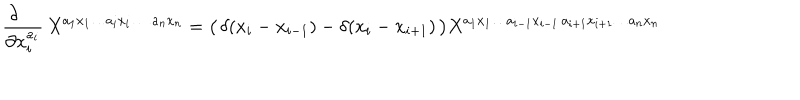
\frac { \partial \phantom { i i i } } { \partial x _ { i } ^ { a _ { i } } } \, X ^ { a _ { 1 } x _ { 1 } \ldots a _ { i } x _ { i } \, \ldots \, a _ { n } x _ { n } } = \bigl ( \, \delta ( x _ { i } - x _ { i - 1 } ) - \delta ( x _ { i } - x _ { i + 1 } ) \, \bigr ) X ^ { a _ { 1 } x _ { 1 } \ldots a _ { i - 1 } x _ { i - 1 } \, a _ { i + 1 } x _ { i + 1 } \ldots a _ { n } x _ { n } }